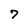
Character: 7